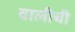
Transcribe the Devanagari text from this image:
वालीची